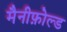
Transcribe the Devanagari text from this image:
मैनीफ़ोल्ड